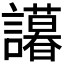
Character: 𬣒